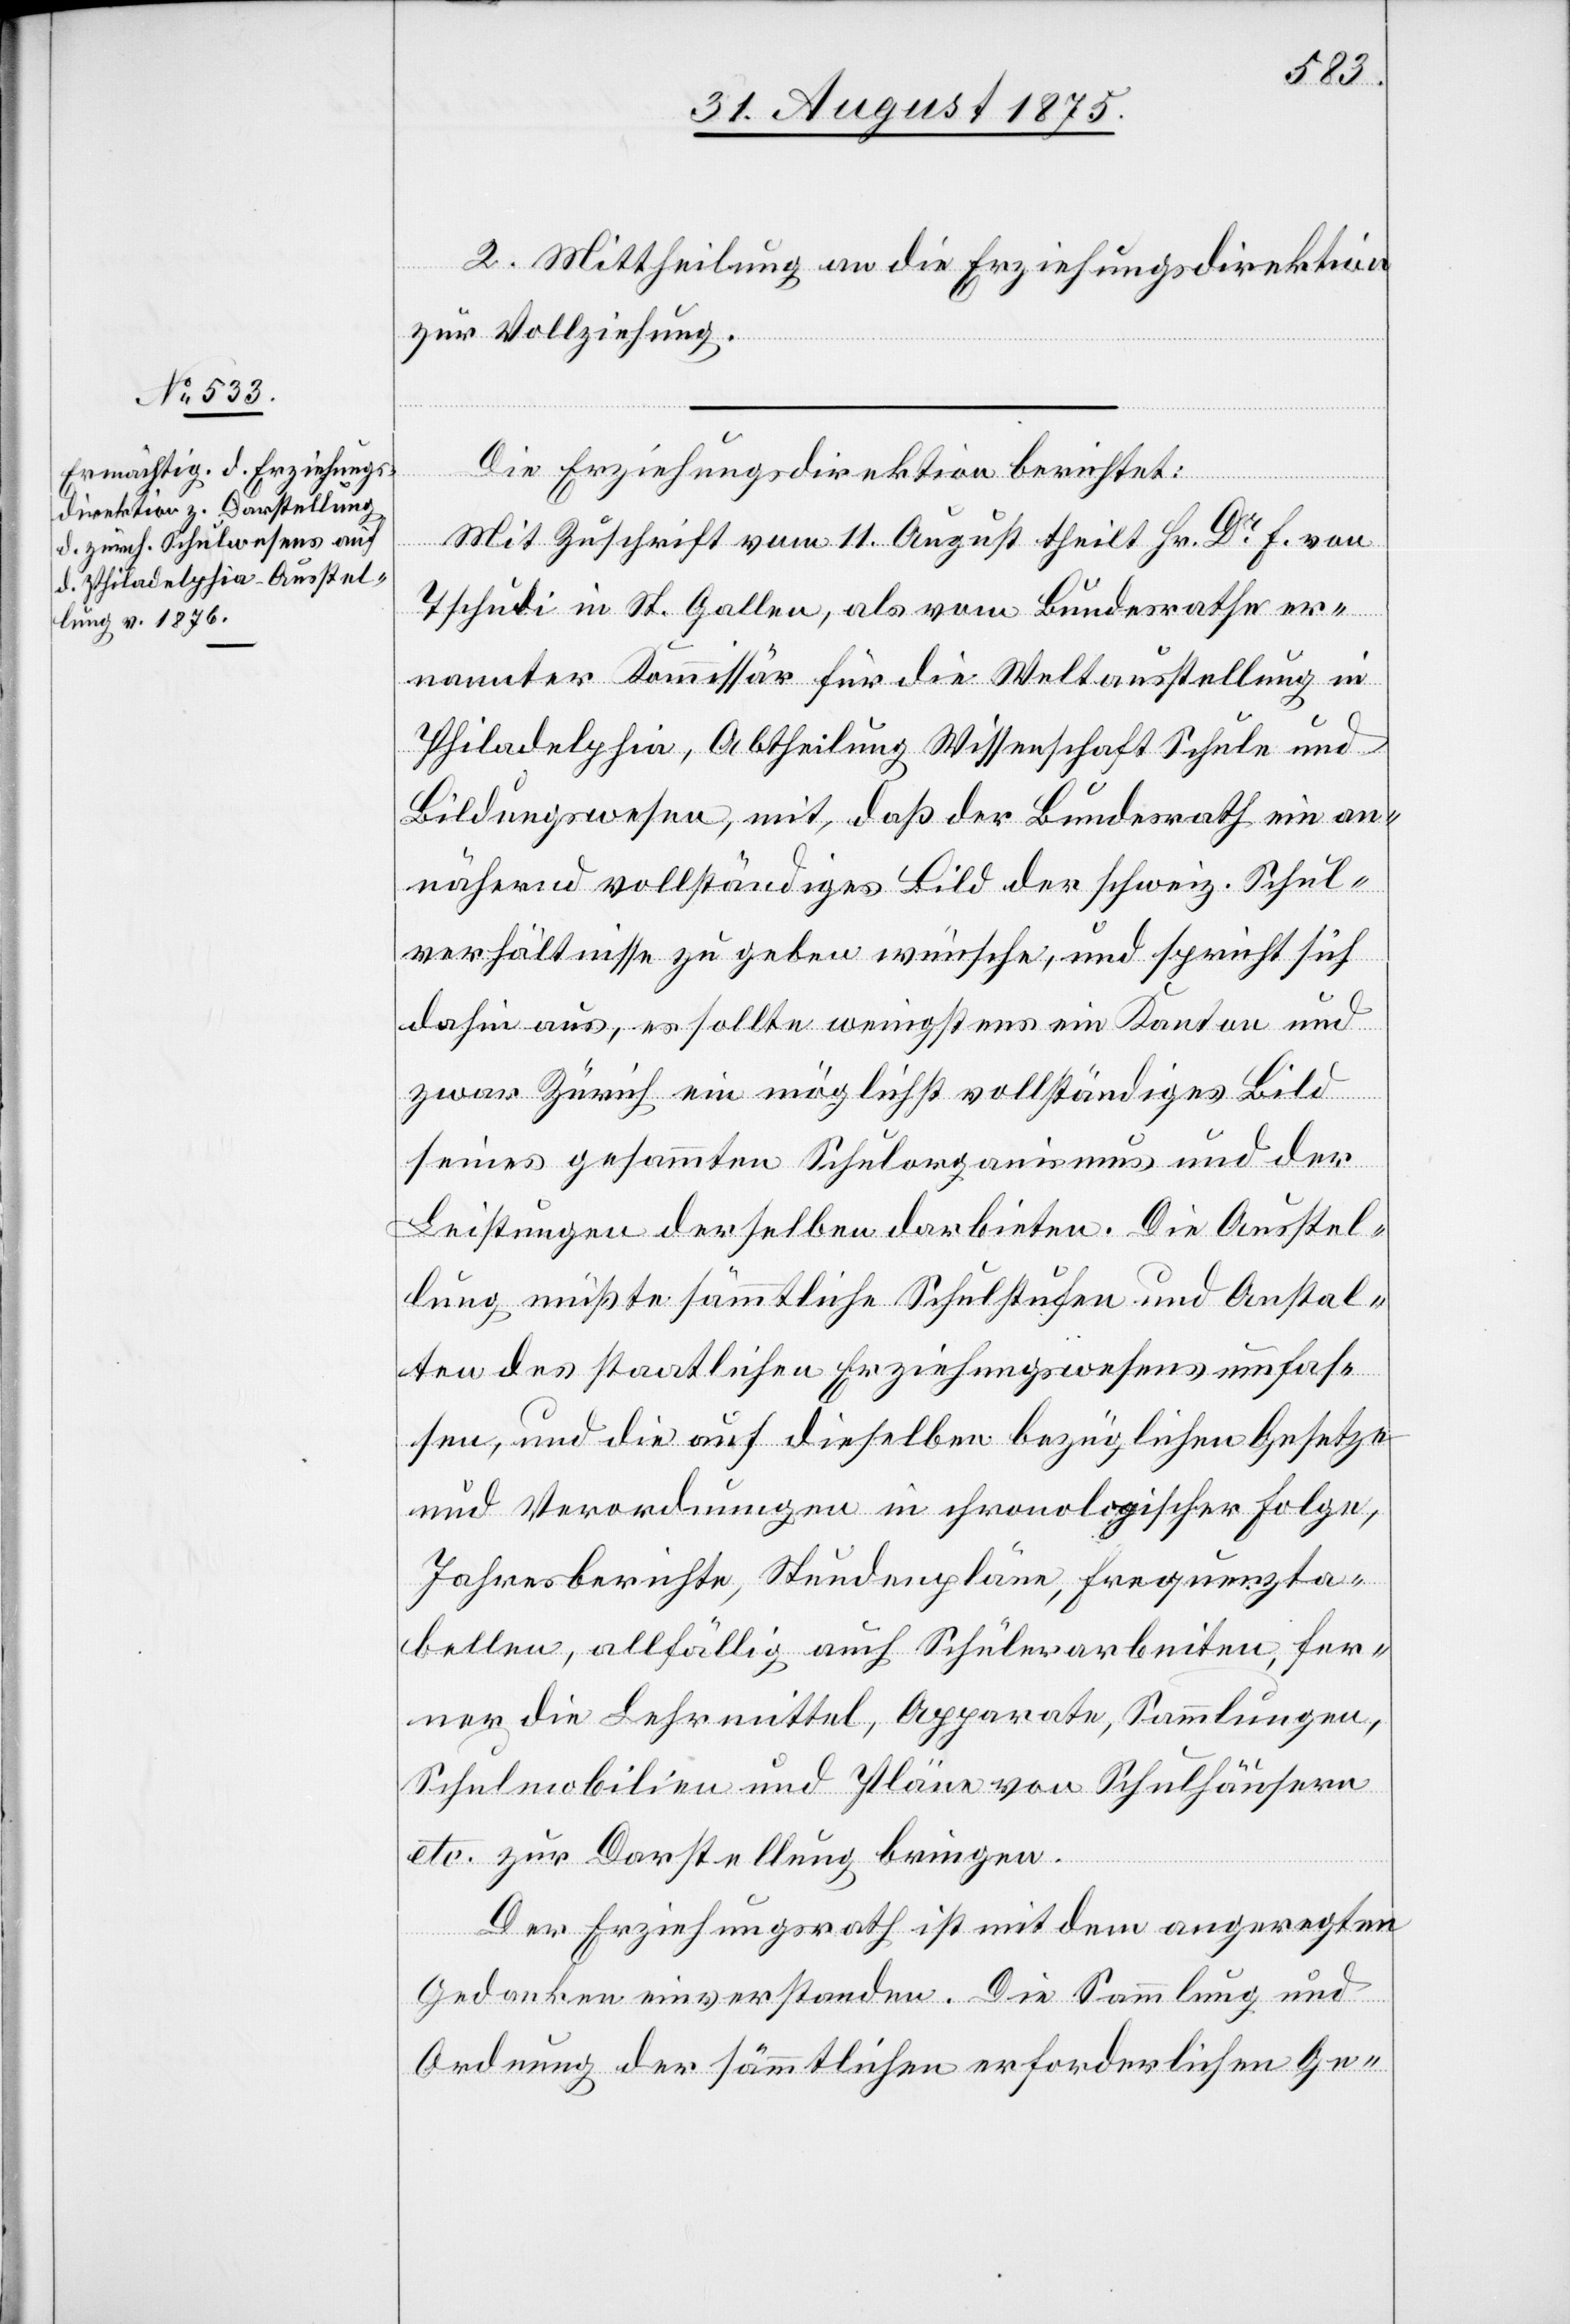
2. Mittheilung an die Erziehungsdirektion
zur Vollziehung.
Die Erziehungsdirektion berichtet:
Mit Zuschrift vom 11. August theilt Hr. Dr F. von
Tschudi in St. Gallen, als vom Bundesrathe er¬
nannter Kommissär für die Weltausstellung in
Philadelphia, Abtheilung Wissenschaft Schule und
Bildungswesen, mit, daß der Bundesrath ein an¬
nähernd vollständiges Bild der schweiz. Schul¬
verhältnisse zu geben wünsche, und spricht sich
dahin aus, es sollte wenigstens ein Kanton und
zwar Zürich ein möglichst vollständiges Bild
seines gesammten Schulorganismus und der
Leistungen derselben darbieten. Die Ausstel¬
lung müßte sämmtliche Schulstufen und Anstal¬
ten des staatlichen Erziehungswesens umfas¬
sen, und die auf dieselben bezüglichen Gesetze
und Verordnungen in chronologischer Folge,
Jahresberichte, Stundenpläne, Frequenzta¬
bellen, allfällig auch Schülerarbeiten, fer¬
ner die Lehrmittel, Apparate, Sammlungen,
Schulmobilien und Pläne von Schulhäusern
etc. zur Darstellung bringen.
Der Erziehungsrath ist mit dem angeregten
Gedanken einverstanden. Die Sammlung und
Ordnung der sämmtlichen erforderlichen Ge-